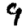
Digit: 9